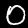
Label: 0